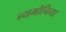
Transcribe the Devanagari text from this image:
न्यमोनिया